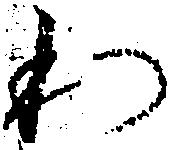
わ